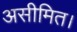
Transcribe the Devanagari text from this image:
असीमित।